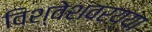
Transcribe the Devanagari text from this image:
विश्वेशवरय्या